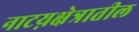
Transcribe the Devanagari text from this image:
नाटय़क्षेत्रातील